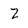
Character: Z